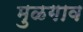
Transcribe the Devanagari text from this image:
मुळगाव